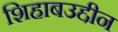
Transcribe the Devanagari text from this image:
शिहाबउद्दीन